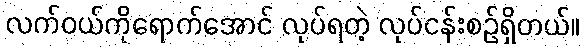
လက်ဝယ်ကိုရောက်အောင် လုပ်ရတဲ့ လုပ်ငန်းစဉ်ရှိတယ်။